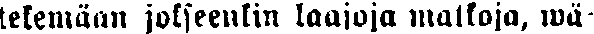
telemään jokseenkin laajoja matkoja, wä-